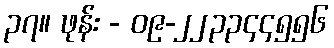
၃၇။ ဖုန်း - ၀၉-၂၂၃၃၄၄၅၅၆